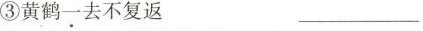
③黄鹤一去不复返 ___